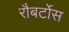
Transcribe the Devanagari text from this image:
रौबर्टोस